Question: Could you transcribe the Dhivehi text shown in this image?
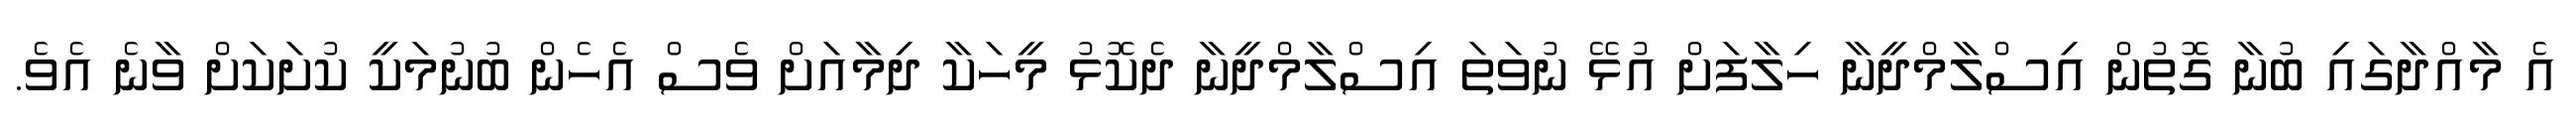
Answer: އެ މާއްދާގައި ބުނާ ގޮތުން އިސްލާމްދީނާ ހިލާފަށް އުޅޭ ނުވަތަ އިސްލާމްދީނާ ދެކޮޅު މީހަކާ ދިމާއަށް ވެސް އެހެން ބުނުމަކީ ކުށަކަށް ވާނެ އެވެ.